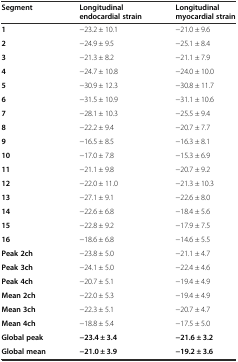
<table><thead><tr><td><b>Segment</b></td><td><b>Longitudinal endocardial strain</b></td><td><b>Longitudinal myocardial strain</b></td></tr></thead><tbody><tr><td><b>1</b></td><td>−23.2 ± 10.1</td><td>−21.0 ± 9.6</td></tr><tr><td><b>2</b></td><td>−24.9 ± 9.5</td><td>−25.1 ± 8.4</td></tr><tr><td><b>3</b></td><td>−21.3 ± 8.2</td><td>−21.1 ± 7.9</td></tr><tr><td><b>4</b></td><td>−24.7 ± 10.8</td><td>−24.0 ± 10.0</td></tr><tr><td><b>5</b></td><td>−30.9 ± 12.3</td><td>−30.8 ± 11.7</td></tr><tr><td><b>6</b></td><td>−31.5 ± 10.9</td><td>−31.1 ± 10.6</td></tr><tr><td><b>7</b></td><td>−28.1 ± 10.3</td><td>−25.5 ± 9.4</td></tr><tr><td><b>8</b></td><td>−22.2 ± 9.4</td><td>−20.7 ± 7.7</td></tr><tr><td><b>9</b></td><td>−16.5 ± 8.5</td><td>−16.3 ± 8.1</td></tr><tr><td><b>10</b></td><td>−17.0 ± 7.8</td><td>−15.3 ± 6.9</td></tr><tr><td><b>11</b></td><td>−21.1 ± 9.8</td><td>−20.7 ± 9.2</td></tr><tr><td><b>12</b></td><td>−22.0 ± 11.0</td><td>−21.3 ± 10.3</td></tr><tr><td><b>13</b></td><td>−27.1 ± 9.1</td><td>−22.6 ± 8.0</td></tr><tr><td><b>14</b></td><td>−22.6 ± 6.8</td><td>−18.4 ± 5.6</td></tr><tr><td><b>15</b></td><td>−22.8 ± 9.2</td><td>−17.9 ± 7.5</td></tr><tr><td><b>16</b></td><td>−18.6 ± 6.8</td><td>−14.6 ± 5.5</td></tr><tr><td><b>Peak 2ch</b></td><td>−23.8 ± 5.0</td><td>−21.1 ± 4.7</td></tr><tr><td><b>Peak 3ch</b></td><td>−24.1 ± 5.0</td><td>−22.4 ± 4.6</td></tr><tr><td><b>Peak 4ch</b></td><td>−20.7 ± 5.1</td><td>−19.4 ± 4.9</td></tr><tr><td><b>Mean 2ch</b></td><td>−22.0 ± 5.3</td><td>−19.4 ± 4.9</td></tr><tr><td><b>Mean 3ch</b></td><td>−22.3 ± 5.1</td><td>−20.7 ± 4.7</td></tr><tr><td><b>Mean 4ch</b></td><td>−18.8 ± 5.4</td><td>−17.5 ± 5.0</td></tr><tr><td><b>Global peak</b></td><td><b>−23.4 ± 3.4</b></td><td><b>−21.6 ± 3.2</b></td></tr><tr><td><b>Global mean</b></td><td><b>−21.0 ± 3.9</b></td><td><b>−19.2 ± 3.6</b></td></tr></tbody></table>